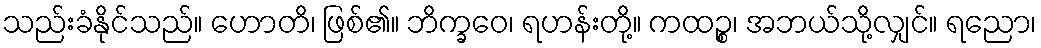
သည်းခံနိုင်သည်။ ဟောတိ၊ ဖြစ်၏။ ဘိက္ခဝေ၊ ရဟန်းတို့။ ကထဉ္စ၊ အဘယ်သို့လျှင်။ ရညော၊